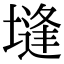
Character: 塳